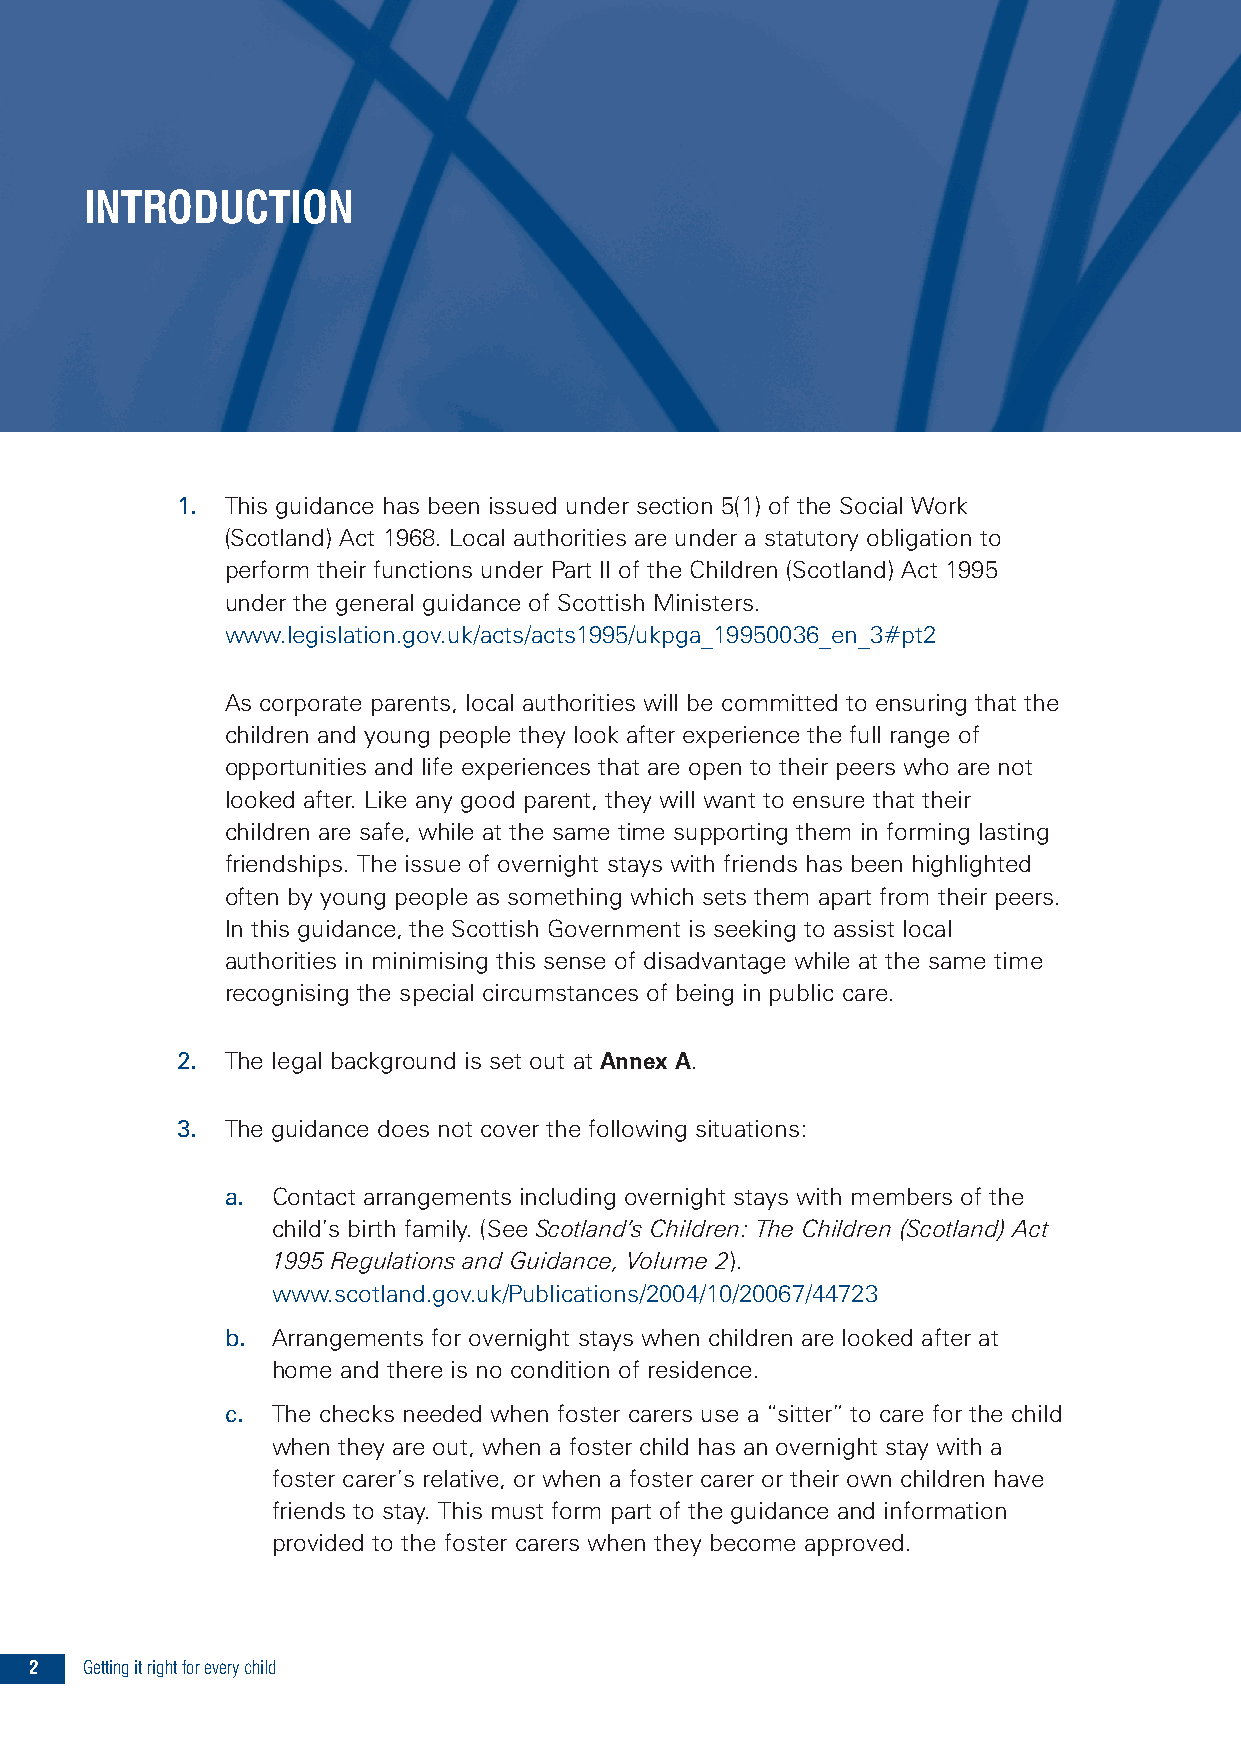
INTRODUCTION
 1. This guidance has been issued under section 5(1) of the Social Work
 (Scotland) Act 1968. Local authorities are under a statutory obligation to
 perform their functions under Part II of the Children (Scotland) Act 1995
 under the general guidance of Scottish Ministers.
 www.legislation.gov.uk/acts/acts1995/ukpga_19950036_en_3#pt2
 As corporate parents, local authorities will be committed to ensuring that the
 children and young people they look after experience the full range of
 opportunities and life experiences that are open to their peers who are not
 looked after. Like any good parent, they will want to ensure that their
 children are safe, while at the same time supporting them in forming lasting
 friendships. The issue of overnight stays with friends has been highlighted
 often by young people as something which sets them apart from their peers.
 In this guidance, the Scottish Government is seeking to assist local
 authorities in minimising this sense of disadvantage while at the same time
 recognising the special circumstances of being in public care.
 2. The legal background is set out at Annex A.
 3. The guidance does not cover the following situations:
 a. Contact arrangements including overnight stays with members of the
 child’s birth family. (See Scotland’s Children: The Children (Scotland) Act
 1995 Regulations and Guidance, Volume 2).
 www.scotland.gov.uk/Publications/2004/10/20067/44723
 b. Arrangements for overnight stays when children are looked after at
 home and there is no condition of residence.
 c. The checks needed when foster carers use a “sitter” to care for the child
 when they are out, when a foster child has an overnight stay with a
 foster carer’s relative, or when a foster carer or their own children have
 friends to stay. This must form part of the guidance and information
 provided to the foster carers when they become approved.
 2  Gettingitrightforeverychild